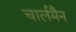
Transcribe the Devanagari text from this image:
चार्लमैन